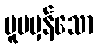
မူမမှန်သော